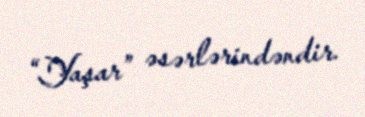
“Yaşar” əsərlərindəndir.